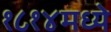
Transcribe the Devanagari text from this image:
१८१४मध्ये